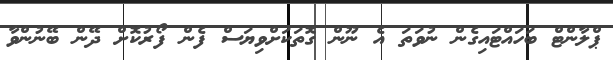
ޕްލާންޓް ބަހައްޓައިގެން ނުވަތަ އެ ނޫން ގޮތަކަށްވިޔަސް ފެން ފޯރުކޮށް ދޭން ބޭނުންވާ